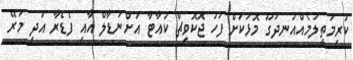
ކުރިމަތިލުމެއްއުނދަގޫ މޮޅަކަށް ފަހު ޖޮކޮވިޗް ކުއާޓާ އަށްނަޑާލް އާއި ފެޑެރާ އަދި މަރޭ